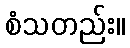
စံသတည်း။